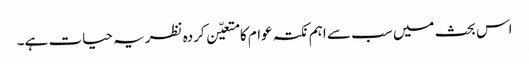
اس بحث میں سب سے اہم نکتہ عوام کا متعیّن کردہ نظریہ حیات ہے۔